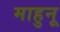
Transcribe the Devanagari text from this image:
माहुनू